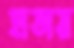
হাতায়